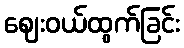
ဈေးဝယ်ထွက်ခြင်း